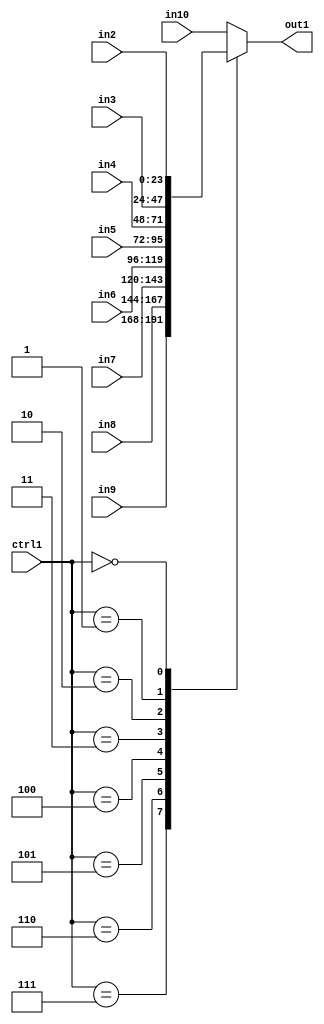
`timescale 1ps / 1ps
/*****************************************************************************
    Verilog RTL Description
    
    
    Created by: Stratus DpOpt 21.05.01 
*******************************************************************************/

module SobelFilter_N_Mux_24_9_2_4 (
	in10,
	in9,
	in8,
	in7,
	in6,
	in5,
	in4,
	in3,
	in2,
	ctrl1,
	out1
	); /* architecture "behavioural" */ 
input [23:0] in10,
	in9,
	in8,
	in7,
	in6,
	in5,
	in4,
	in3,
	in2;
input [3:0] ctrl1;
output [23:0] out1;
wire [23:0] asc001;

reg [23:0] asc001_tmp_0;
assign asc001 = asc001_tmp_0;
always @ (ctrl1 or in9 or in8 or in7 or in6 or in5 or in4 or in3 or in2 or in10) begin
	casez (ctrl1)
		4'B0111 : asc001_tmp_0 = in9 ;
		4'B0110 : asc001_tmp_0 = in8 ;
		4'B0101 : asc001_tmp_0 = in7 ;
		4'B0100 : asc001_tmp_0 = in6 ;
		4'B0011 : asc001_tmp_0 = in5 ;
		4'B0010 : asc001_tmp_0 = in4 ;
		4'B0001 : asc001_tmp_0 = in3 ;
		4'B0000 : asc001_tmp_0 = in2 ;
		default : asc001_tmp_0 = in10 ;
	endcase
end

assign out1 = asc001;
endmodule

/* CADENCE  vLHzSAE= : u9/ySxbfrwZIxEzHVQQV8Q== ** DO NOT EDIT THIS LINE ******/